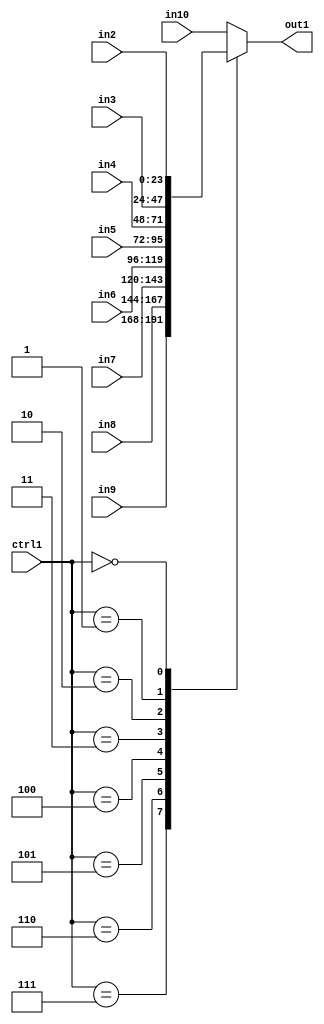
`timescale 1ps / 1ps
/*****************************************************************************
    Verilog RTL Description
    
    
    Created by: Stratus DpOpt 21.05.01 
*******************************************************************************/

module SobelFilter_N_Mux_24_9_2_4 (
	in10,
	in9,
	in8,
	in7,
	in6,
	in5,
	in4,
	in3,
	in2,
	ctrl1,
	out1
	); /* architecture "behavioural" */ 
input [23:0] in10,
	in9,
	in8,
	in7,
	in6,
	in5,
	in4,
	in3,
	in2;
input [3:0] ctrl1;
output [23:0] out1;
wire [23:0] asc001;

reg [23:0] asc001_tmp_0;
assign asc001 = asc001_tmp_0;
always @ (ctrl1 or in9 or in8 or in7 or in6 or in5 or in4 or in3 or in2 or in10) begin
	casez (ctrl1)
		4'B0111 : asc001_tmp_0 = in9 ;
		4'B0110 : asc001_tmp_0 = in8 ;
		4'B0101 : asc001_tmp_0 = in7 ;
		4'B0100 : asc001_tmp_0 = in6 ;
		4'B0011 : asc001_tmp_0 = in5 ;
		4'B0010 : asc001_tmp_0 = in4 ;
		4'B0001 : asc001_tmp_0 = in3 ;
		4'B0000 : asc001_tmp_0 = in2 ;
		default : asc001_tmp_0 = in10 ;
	endcase
end

assign out1 = asc001;
endmodule

/* CADENCE  vLHzSAE= : u9/ySxbfrwZIxEzHVQQV8Q== ** DO NOT EDIT THIS LINE ******/